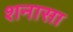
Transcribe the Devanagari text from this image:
शनासा